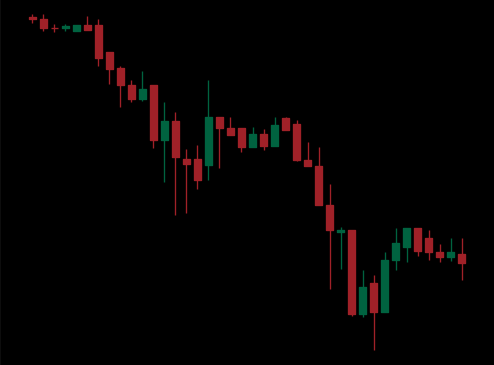
Pattern: unclassified